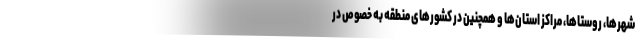
شهرها، روستاها، مراکز استان‌ها و همچنین در کشورهای منطقه به خصوص در